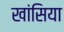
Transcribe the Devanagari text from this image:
खांसिया